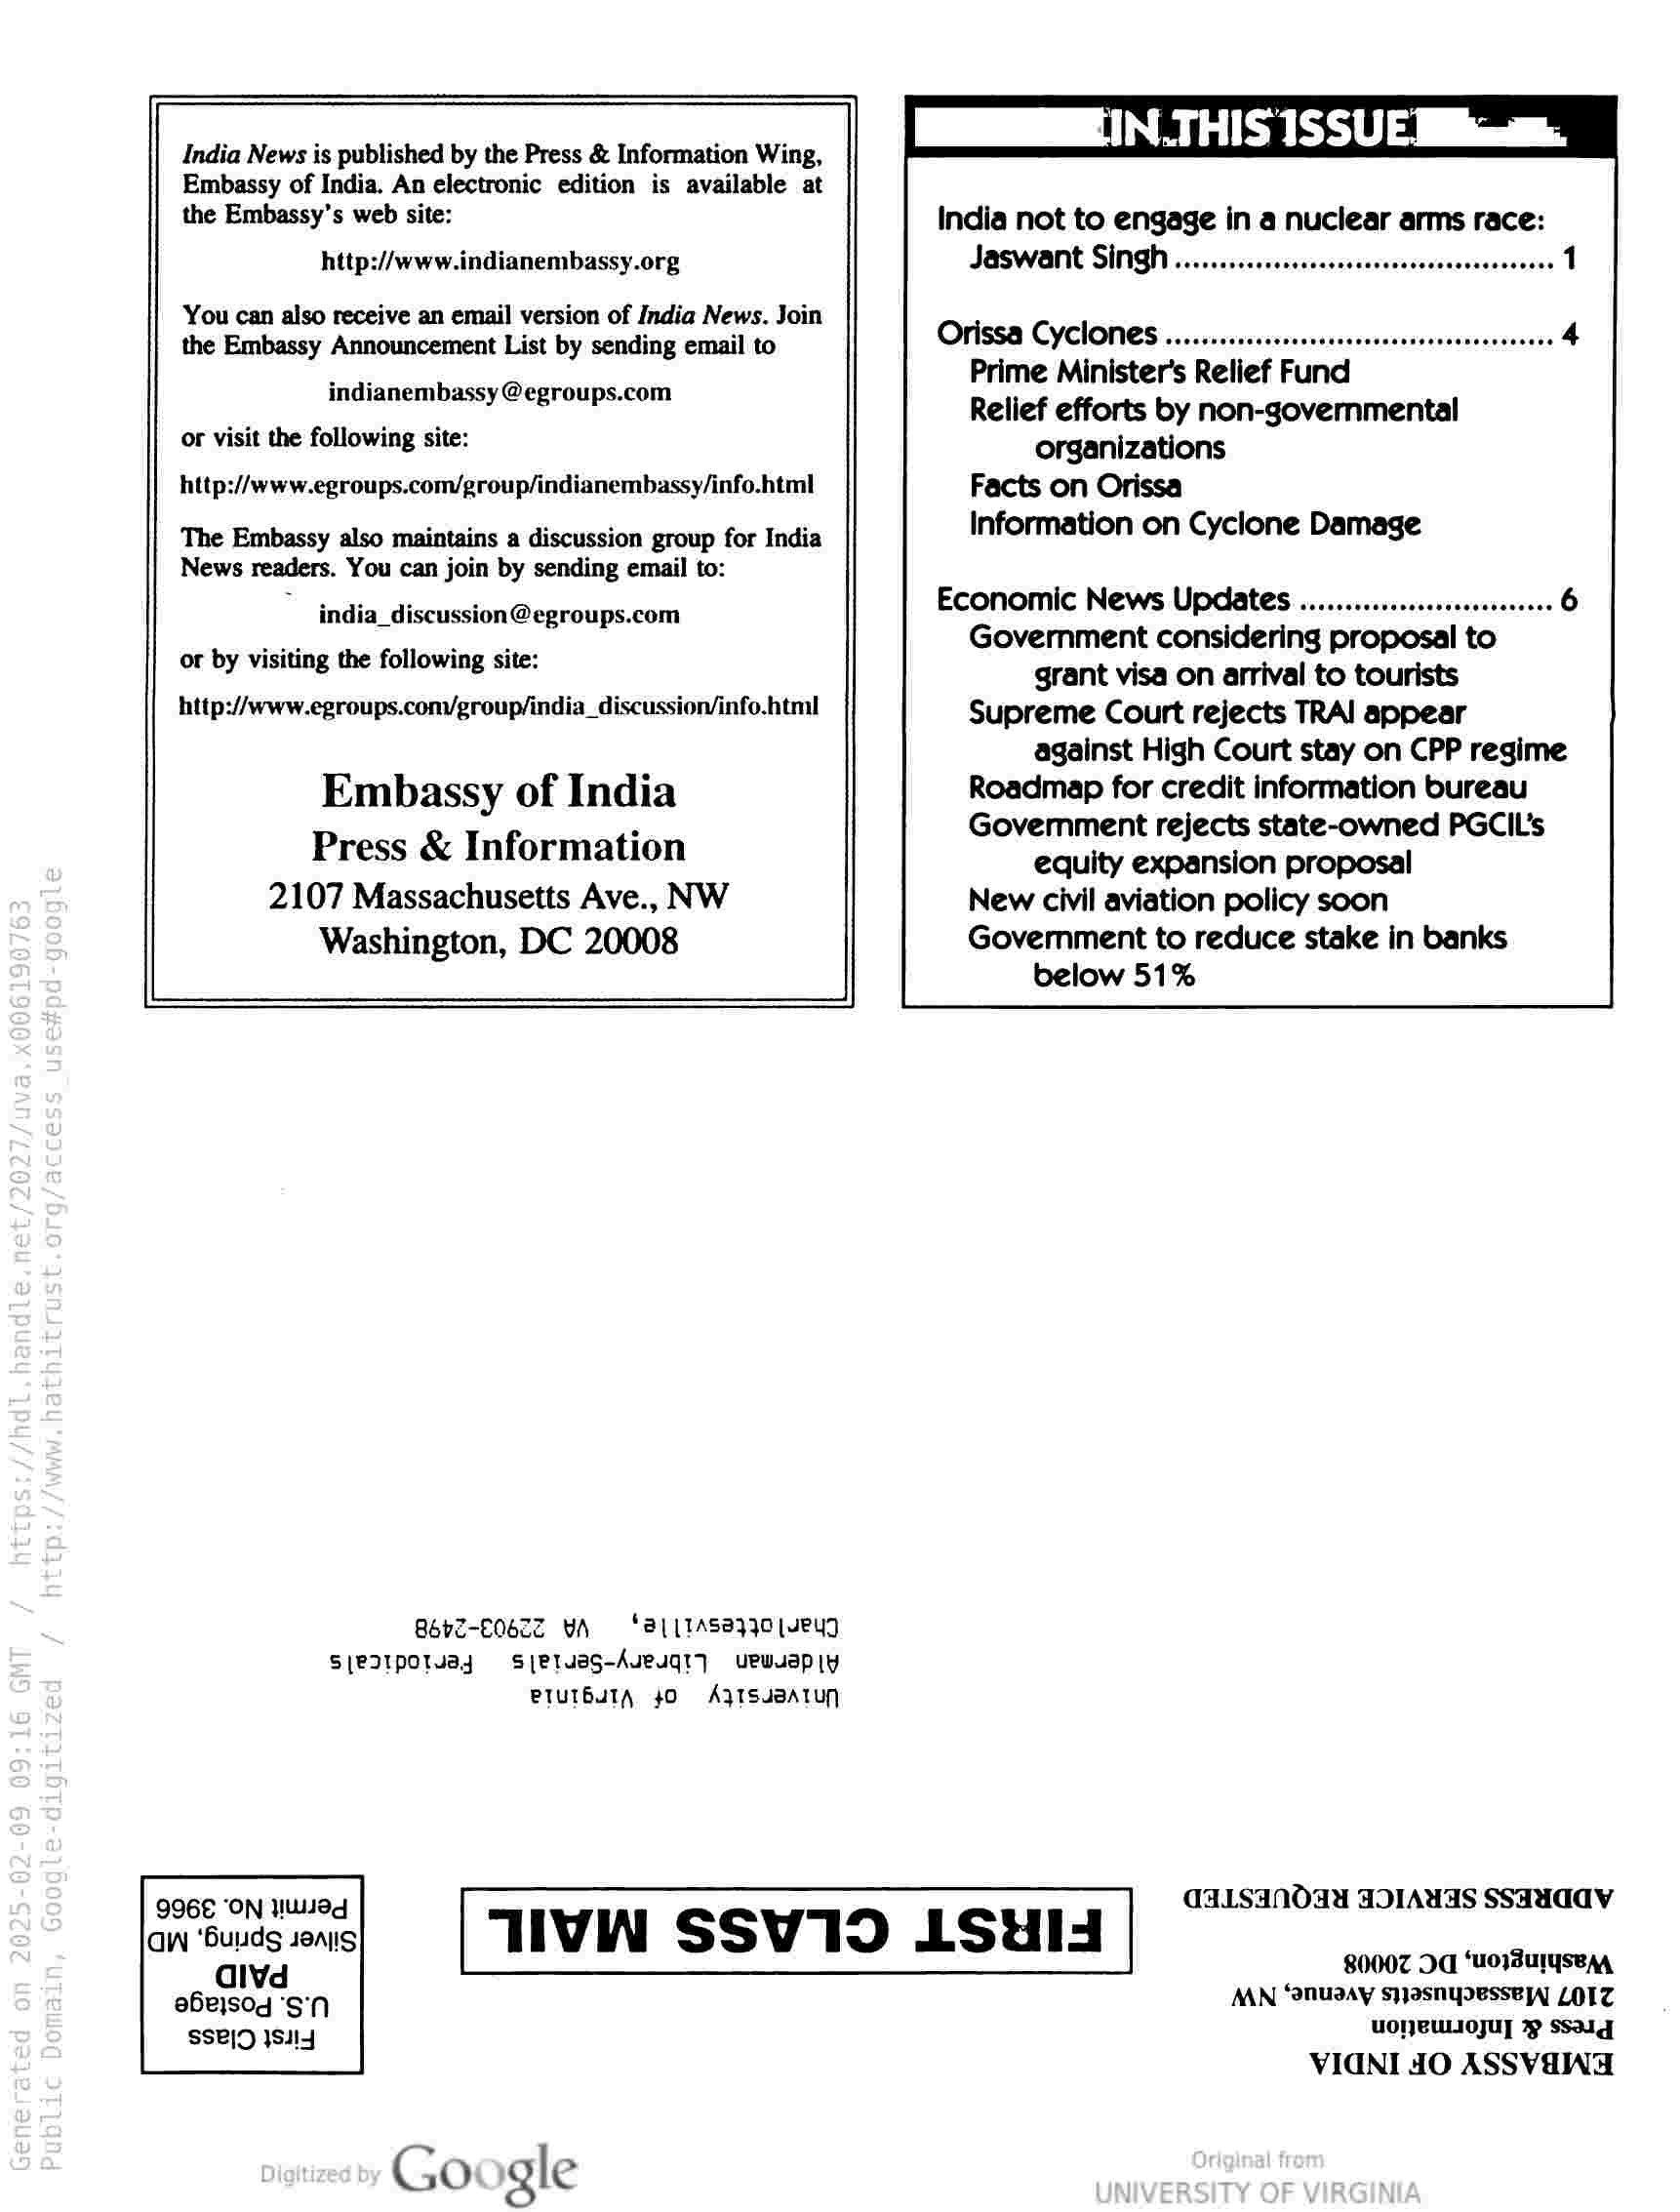
ME IN.THIS ISSUE Mk.

India News is published by the Press & Information Wing,
Embassy of India. An electronic edition is available at

the Embassy’s web site: India not to engage in a nuclear arms race:
http://www.indianembassy.org Jaswant Singh

You can also receive an email version of India News. Join

the Embassy Announcement List by sending email to Orissa Cyclones

Prime Minister's Relief Fund

Relief efforts by non-governmental
or visit the following site: organizations
http://www.egroups.com/group/indianembassy/info.html Facts on Orissa

Information on Cyclone Damage

indianembassy @egroups.com

The Embassy also maintains a discussion group for India
News readers. You can join by sending email to:
: india_discussion@egroups.com SE armeaecccdaie proposal to seeeee 6
or by visiting the following site: grant visa on arrival to tourists
http://www.egroups.con/group/india_discussion/info.html Supreme Court rejects TRA! appear
against High Court stay on CPP regime
Embassy of India Roadmap for credit information bureau
P & Inf ti Govemment rejects state-owned PGCIL's
ress & intormauion equity expansion proposal
2107 Massachusetts Ave., NW New civil aviation policy soon
Washington, DC 20008 Goverment to reduce stake in banks
below 51%

Bobz-E0622 YA Bl TASAz}O [EY
SPI potvajy  setuag-Aveugi uPwuaply
PTUTBUTA 40 A}TSUBATUN

Q96E ‘ON NWueq GALSANOAA JOIAUAS SSAANadadV
GW ‘Buds senlis TIVIN SSV19 LSUYIS ‘
80007 Od ‘UO BUIYSEAA

MAN ‘anuaay syasnypesseyy] LOTT
UONBULIOJU WY SSAg

VIGNI 4O ASSVENGA

alvd
ebejsog SiN
SSEIO ISI4

Google